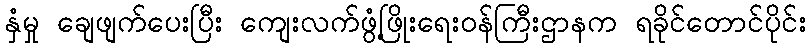
နှံမှု ချေဖျက်ပေးပြီး ကျေးလက်ဖွံ့ဖြိုးရေးဝန်ကြီးဌာနက ရခိုင်တောင်ပိုင်း